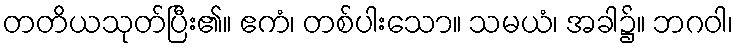
တတိယသုတ်ပြီး၏။ ဧကံ၊ တစ်ပါးသော။ သမယံ၊ အခါ၌။ ဘဂဝါ၊